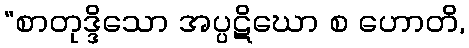
“စာတုဒ္ဒိသော အပ္ပဋိဃော စ ဟောတိ,